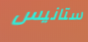
ستانيس